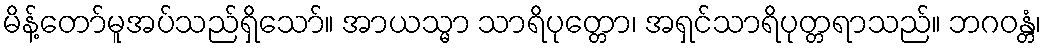
မိန့်တော်မူအပ်သည်ရှိသော်။ အာယသ္မာ သာရိပုတ္တော၊ အရှင်သာရိပုတ္တရာသည်။ ဘဂဝန္တံ၊